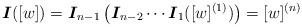
LaTeX: \begin{align*}\boldsymbol{I}([w])=\boldsymbol{I}_{n-1} \left(\boldsymbol{I}_{n-2}\cdots \boldsymbol{I}_1([w]^{(1)})\right) =[w]^{(n)}\end{align*}